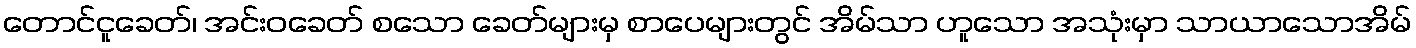
တောင်ငူခေတ်၊ အင်းဝခေတ် စသော ခေတ်များမှ စာပေများတွင် အိမ်သာ ဟူသော အသုံးမှာ သာယာသောအိမ်